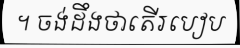
។ ចង់ដឹងថាតើរបៀប